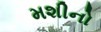
મશીનો